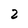
Character: 2